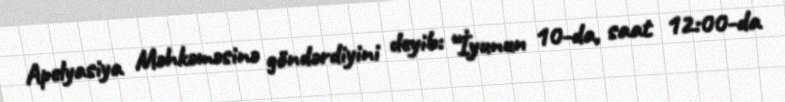
Apelyasiya Məhkəməsinə göndərdiyini deyib: “İyunun 10-da, saat 12:00-da